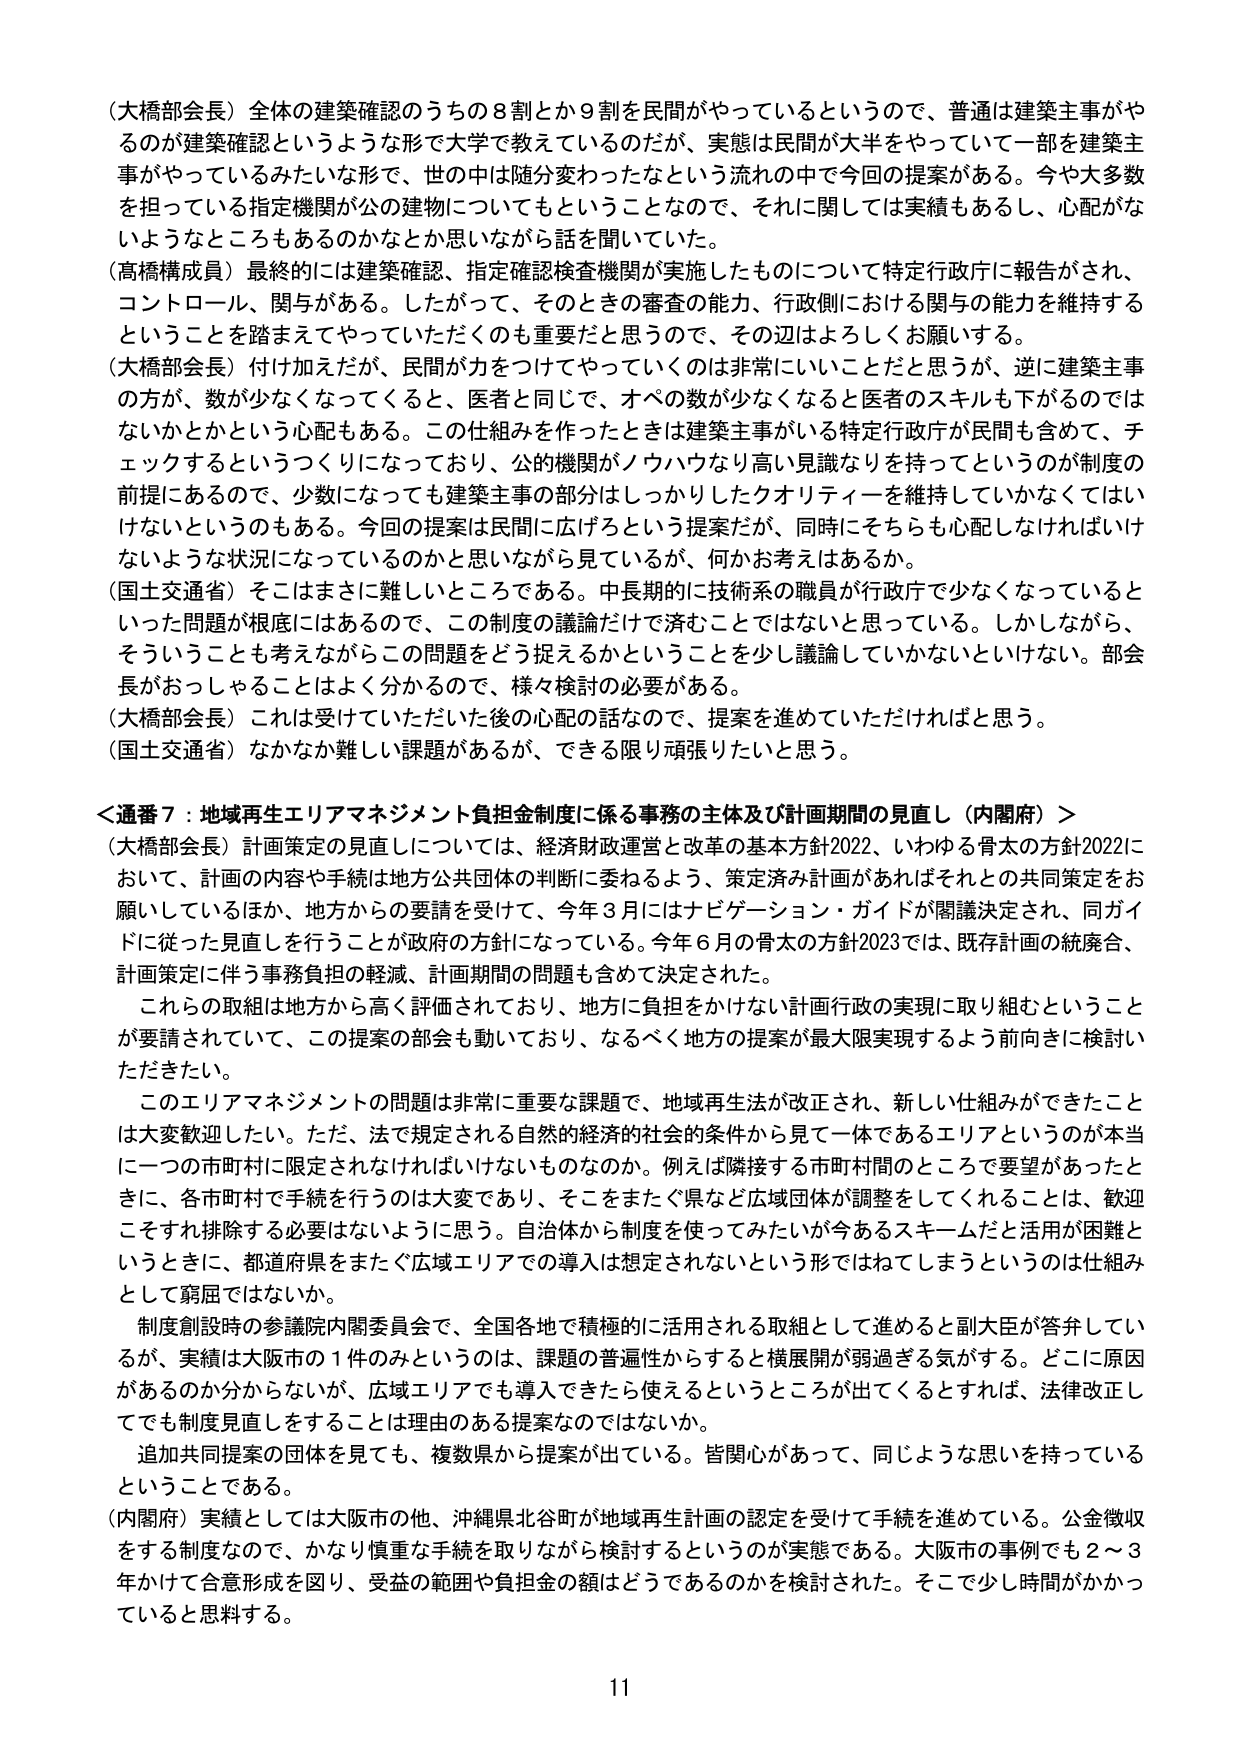
（大橋部会長）全体の建築確認のうちの８割とか９割を民間がやっているというので、普通は建築主事がやるの が建築確認というような形で大学で教えているのだが、実態は民間が大半をやっていて一部を建築主事 がやっているみたいな形で、世の中は随分変わったなという流れの中で今回の提案がある。今や大多数 を担っている指定機関が公の建物についてもということなので、それに関しては実績もあるし、心配がな いようなところもあるのかなとか思いながら話を聞いていた。

（高橋構成員）最終的には建築確認、指定確認検査機関が実施したものについて特定行政府に報告がされ、 コントロール、関与がある。したがって、そのときの審査の能力、行政側における関与の能力を維持する ということを踏まえてやっていただくのも重要だと思うので、その辺はよろしくお願いする。

（大橋部会長）付け加えだが、民間が力をつけてやっていくのは非常にいいことだと思うが、逆に建築主事 の方が、数が少なくなってくると、医者と同じで、オペの数が少なくなると医者のスキルも下がるのでは ないかとかという心配もある。この仕組みを作ったときは建築主事がいる特定行政府が民間も含めて、チ ェックするというつくりになっており、公的機関がノウハウなり高い見識なりを持ってというのが制度の 前提にあるので、少数になっても建築主事の部分はしっかりしたクオリティーを維持していかなくてはい けないというのもある。今回の提案は民間に広げろという提案だが、同時にそちらも心配しなければいけ ないような状況になっているのかと思いながら見ているが、何かお考えはあるか。

（国土交通省）そこはまさに難しいところである。中長期的に技術系の職員が行政府で少なくなっていると いった問題が根底にはあるので、この制度の議論だけで済むことではないと思っている。しかしながら、 そういうことも考えながらこの問題をどう捉えるかということを少し議論していかないといけない。部会 長がおっしゃることはよく分かるので、様々検討の必要がある。

（大橋部会長）これは受けていただいた後の心配の話なので、提案を進めていただければと思う。

（国土交通省）なかなか難しい課題があるが、できる限り頑張りたいと思う。

＜通番７：地域再生エリアマネジメント負担金制度に係る事務の主体及び計画期間の見直し（内閣府）＞

（大橋部会長）計画策定の見直しについては、経済財政運営と改革の基本方針2022、いわゆる骨太の方針2022に おいて、計画の内容や手続は地方公共団体の判断に委ねるよう、策定済み計画があればそれとの共同策定をお 願いしているほか、地方からの要請を受けて、今年３月にはナビゲーション・ガイドが閣議決定され、同ガイド に従った見直しを行うことが政府の方針になっている。今年６月の骨太の方針2023では、既存計画の統廃合、 計画策定に伴う事務負担の軽減、計画期間の問題も含めて決定された。

　これらの取組は地方から高く評価されており、地方に負担をかけない計画行政の実現に取り組むということ が要請されていて、この提案の部会も動いており、なるべく地方の提案が最大限実現するよう前向きに検討い ただきたい。

　このエリアマネジメントの問題は非常に重要な課題で、地域再生法が改正され、新しい仕組みができたこと は大変歓迎したい。ただ、法で規定される自然的経済的社会的条件から見て一体であるエリアというのが本当 に一つの市町村に限定されなければならないものなのか。例えば隣接する市町村間のところで要望があったと きに、各市町村で手続を行うのは大変であり、そこをまたぐ県など広域団体が調整をしてくれることは、歓迎 こそすれ排除する必要はないように思う。自治体から制度を使ってみたいが今あるスキームだと活用が困難と いうときに、都道府県をまたぐ広域エリアでの導入は想定されないという形ではねてしまうというのは仕組み として窮屈ではないか。

　制度創設時の参議院内閣委員会で、全国各地で積極的に活用される取組として進めると副大臣が答弁してい るが、実績は大阪市の１件のみというのは、課題の普遍性からすると横展開が弱過ぎる気がする。どこに原因 があるのか分からないが、広域エリアでも導入できたら使えるというところが出てくるとすれば、法律改正し てでも制度見直しをすることは理由のある提案なのではないか。

　追加共同提案の団体を見ても、複数県から提案が出ている。皆関心があって、同じような思いを持っている ということである。

（内閣府）実績としては大阪市の他、沖縄県北谷町が地域再生計画の認定を受けて手続を進めている。公金徴収 をする制度なので、かなり慎重な手続を取りながら検討するというのが実態である。大阪市の事例でも２～３ 年かけて合意形成を図り、受益の範囲や負担金の額はどうであるのかを検討された。そこで少し時間がかかっ ていると思料する。

11